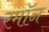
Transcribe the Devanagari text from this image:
रमॉन